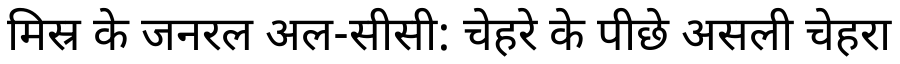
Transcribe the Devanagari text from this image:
मिस्र के जनरल अल-सीसी: चेहरे के पीछे असली चेहरा